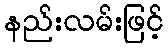
နည်းလမ်းဖြင့်